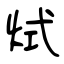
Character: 烒